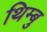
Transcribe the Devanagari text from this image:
थिम्बु